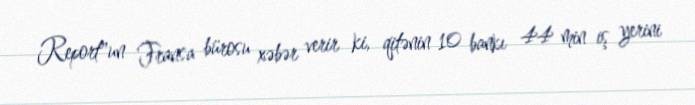
Report"un Fransa bürosu xəbər verir ki, qitənin 10 bankı 44 min iş yerini